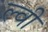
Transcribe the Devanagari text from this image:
ल्वी